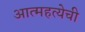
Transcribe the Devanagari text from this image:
आत्महत्येची